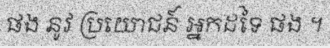
ផង នូវ ប្រយោជន៍ អ្នកដទៃ ផង ។